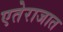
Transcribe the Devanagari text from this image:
एतेराजात